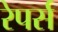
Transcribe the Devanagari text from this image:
रेपर्स